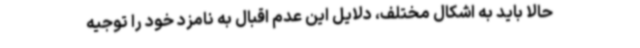
حالا باید به اشکال مختلف، دلایل این عدم اقبال به نامزد خود را توجیه